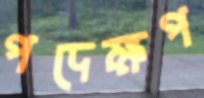
পদেক্ষপ